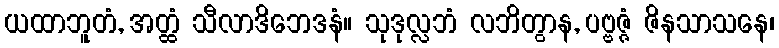
ယထာဘူတံ, အတ္ထံ သီလာဒိဘေဒနံ။ သုဒုလ္လဘံ လဘိတွာန, ပဗ္ဗဇ္ဇံ ဇိနသာသနေ၊